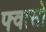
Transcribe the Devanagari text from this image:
फ्वासो